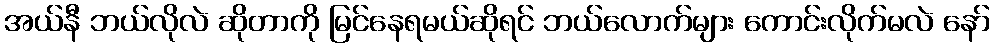
အယ်နီ ဘယ်လိုလဲ ဆိုတာကို မြင်နေရမယ်ဆိုရင် ဘယ်လောက်များ ကောင်းလိုက်မလဲ နော်